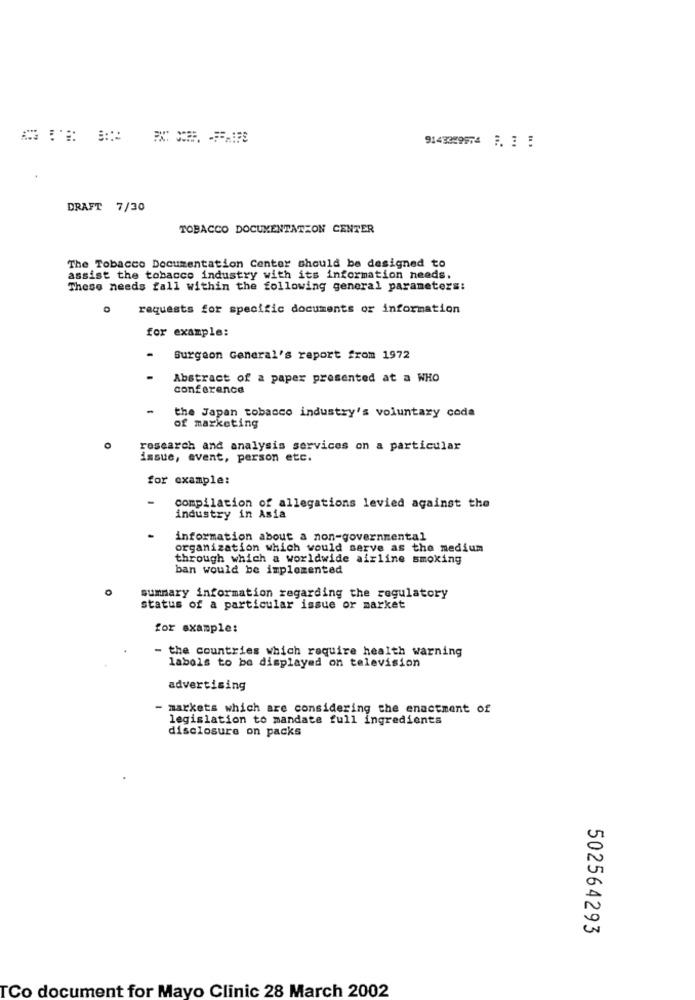
9143329974 7. 3 5
DRAFT 7/30
TOBACCO DOCUMENTATION CENTER
The Tobacco Documentation Center should be designed to
assist the tobacco industry with its information needs.
These needs fall within the following general parameters:
requests for specific documents or information
for example:
.
Surgeon General's report from 1972
Abstract of a paper presented at a WHO
conference
-
the Japan tobacco industry's voluntary coda
of marketing
research and analysis services on a particular
issue, event, person etc.
for example:
compilation of allegations levied against the
industry in Asia
information about a non-governmental
organization which would serve as the medium
through which a worldwide airline smoking
ban would be implemented
summary information regarding the regulatory
status of a particular issue or market
for example:
- the countries which require health warning
labels to be displayed on television
advertising
- markets which are considering the enactment of
legislation to mandate full ingredients
disclosure on packs
502564293
TCo document for Mayo Clinic 28 March 2002